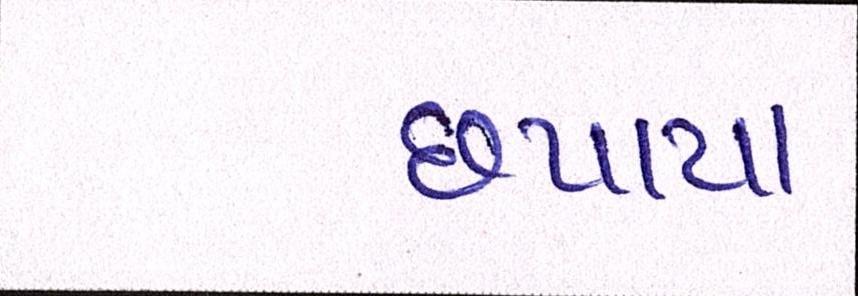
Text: છપાયા